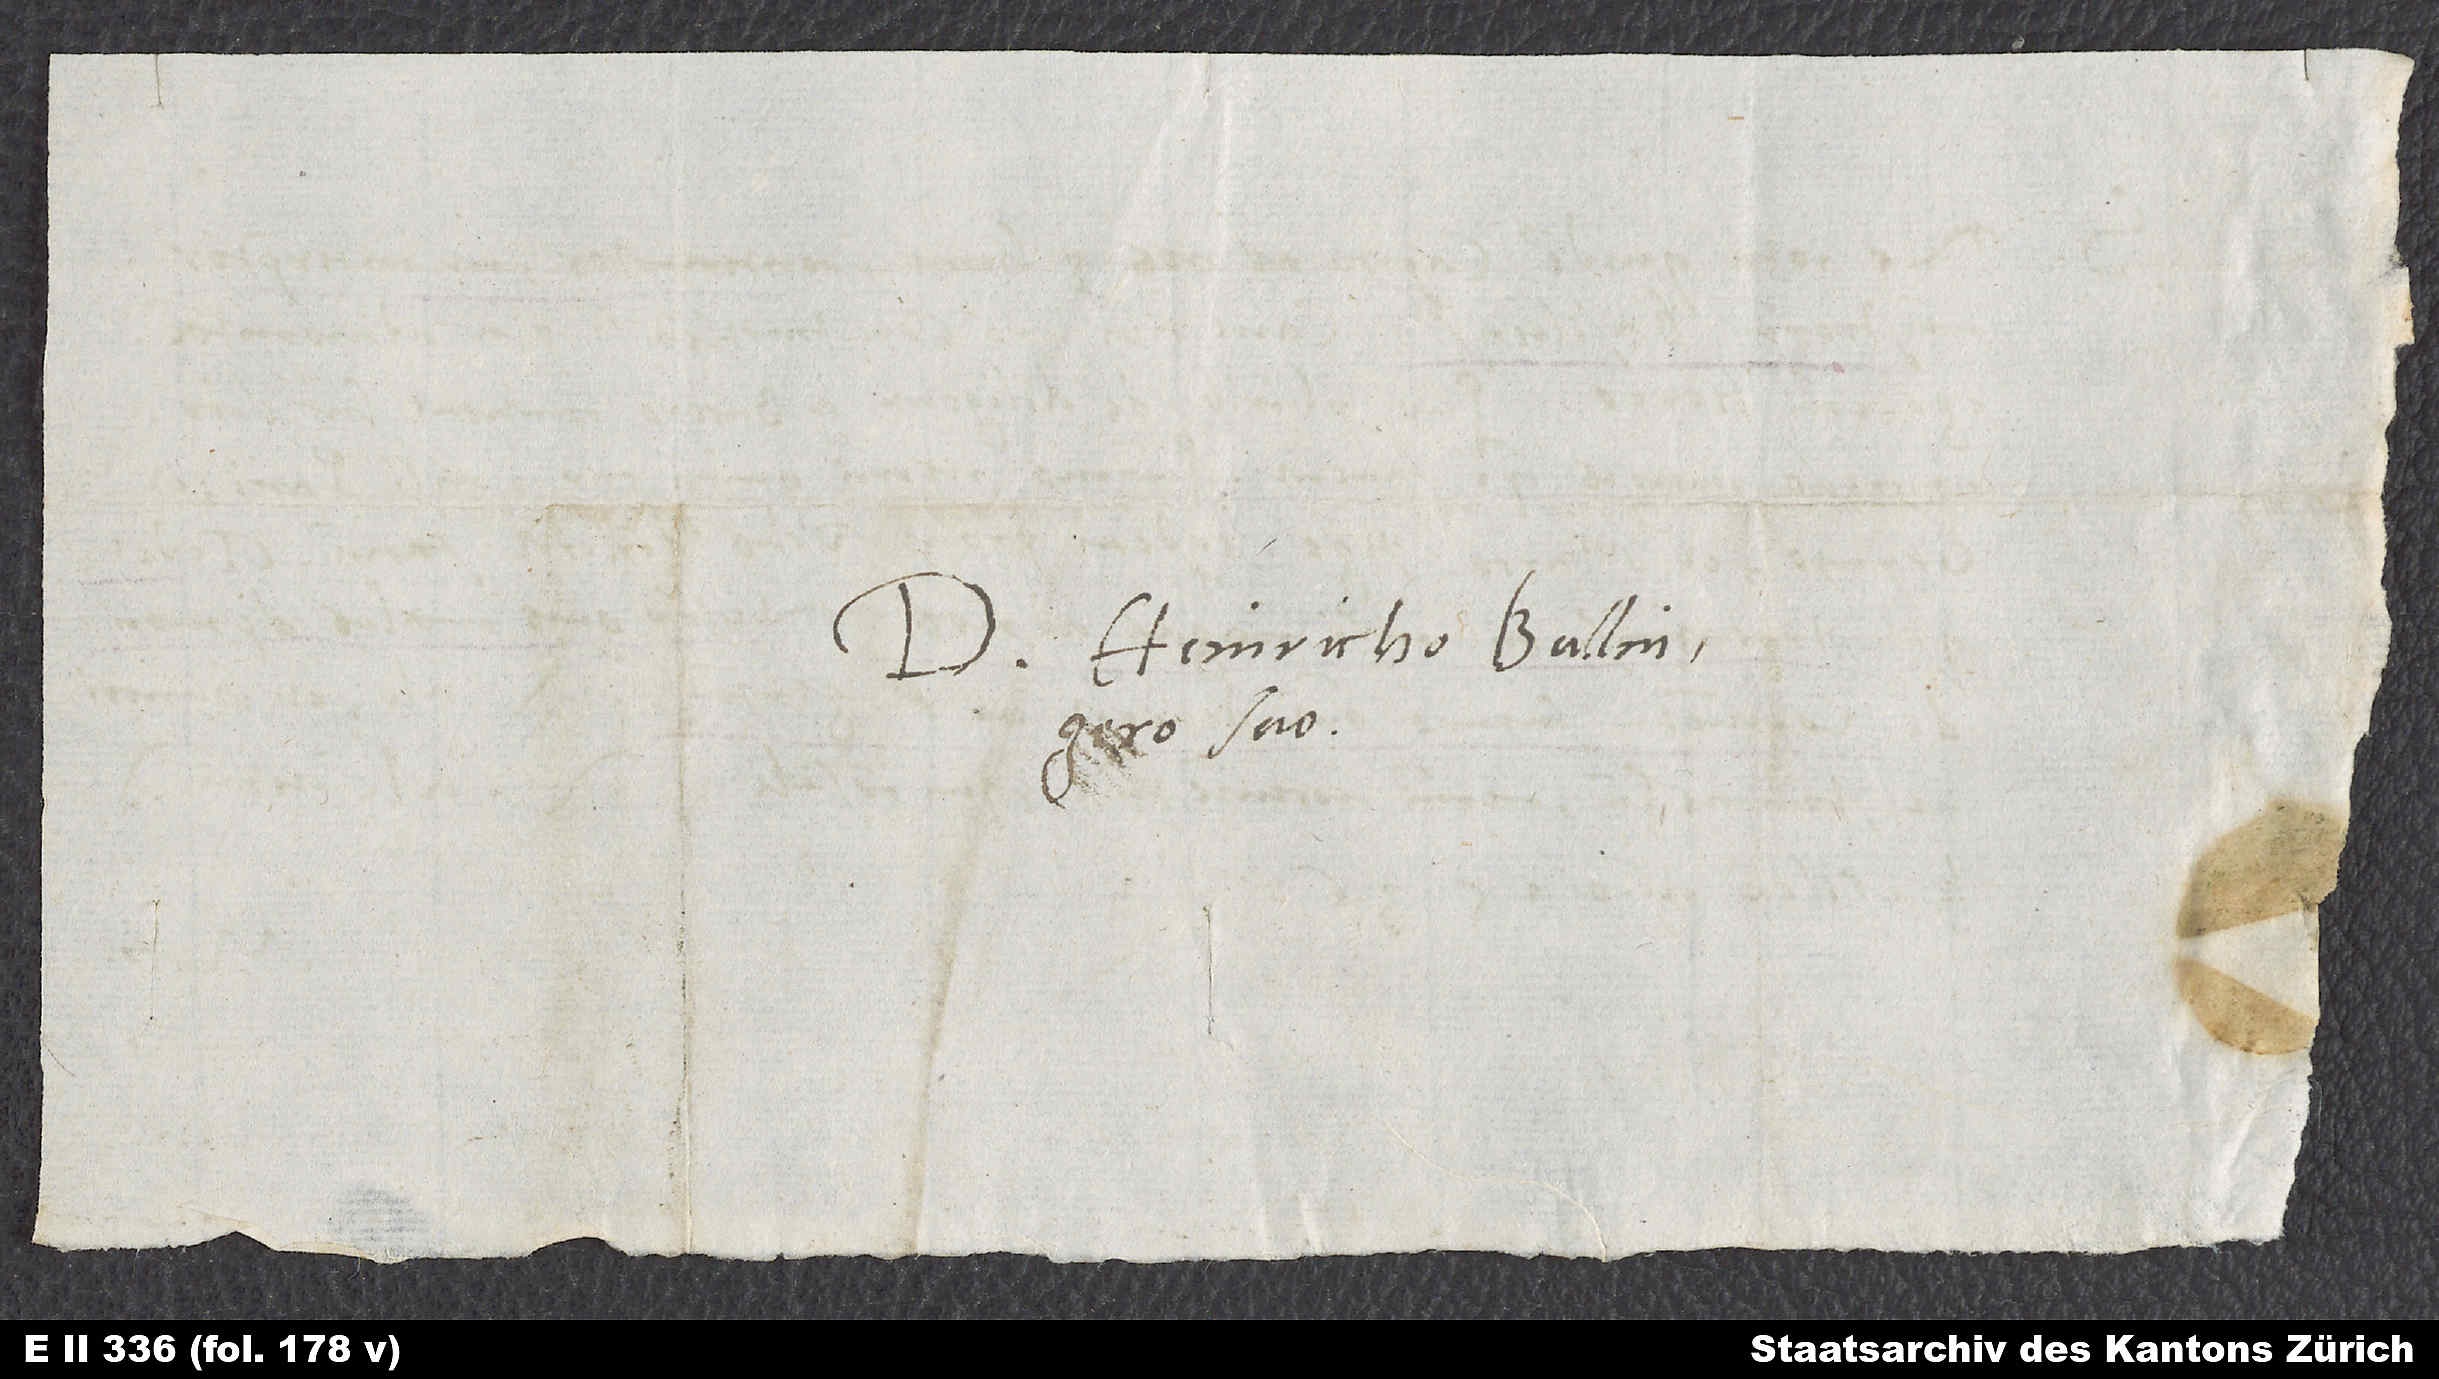
Domino Heinricho Bullingero
suo.